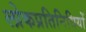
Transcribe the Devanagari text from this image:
लोकप्रतिनिधियों